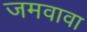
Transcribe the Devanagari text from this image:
जमवावा